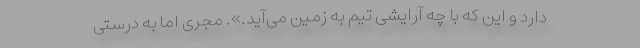
دارد و این که با چه آرایشی تیم به زمین می‌آید.». مجری اما به درستی